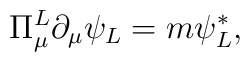
\Pi_{\mu}^{L} \partial_{\mu} \psi_{L} = m \psi_{L}^{*} ,